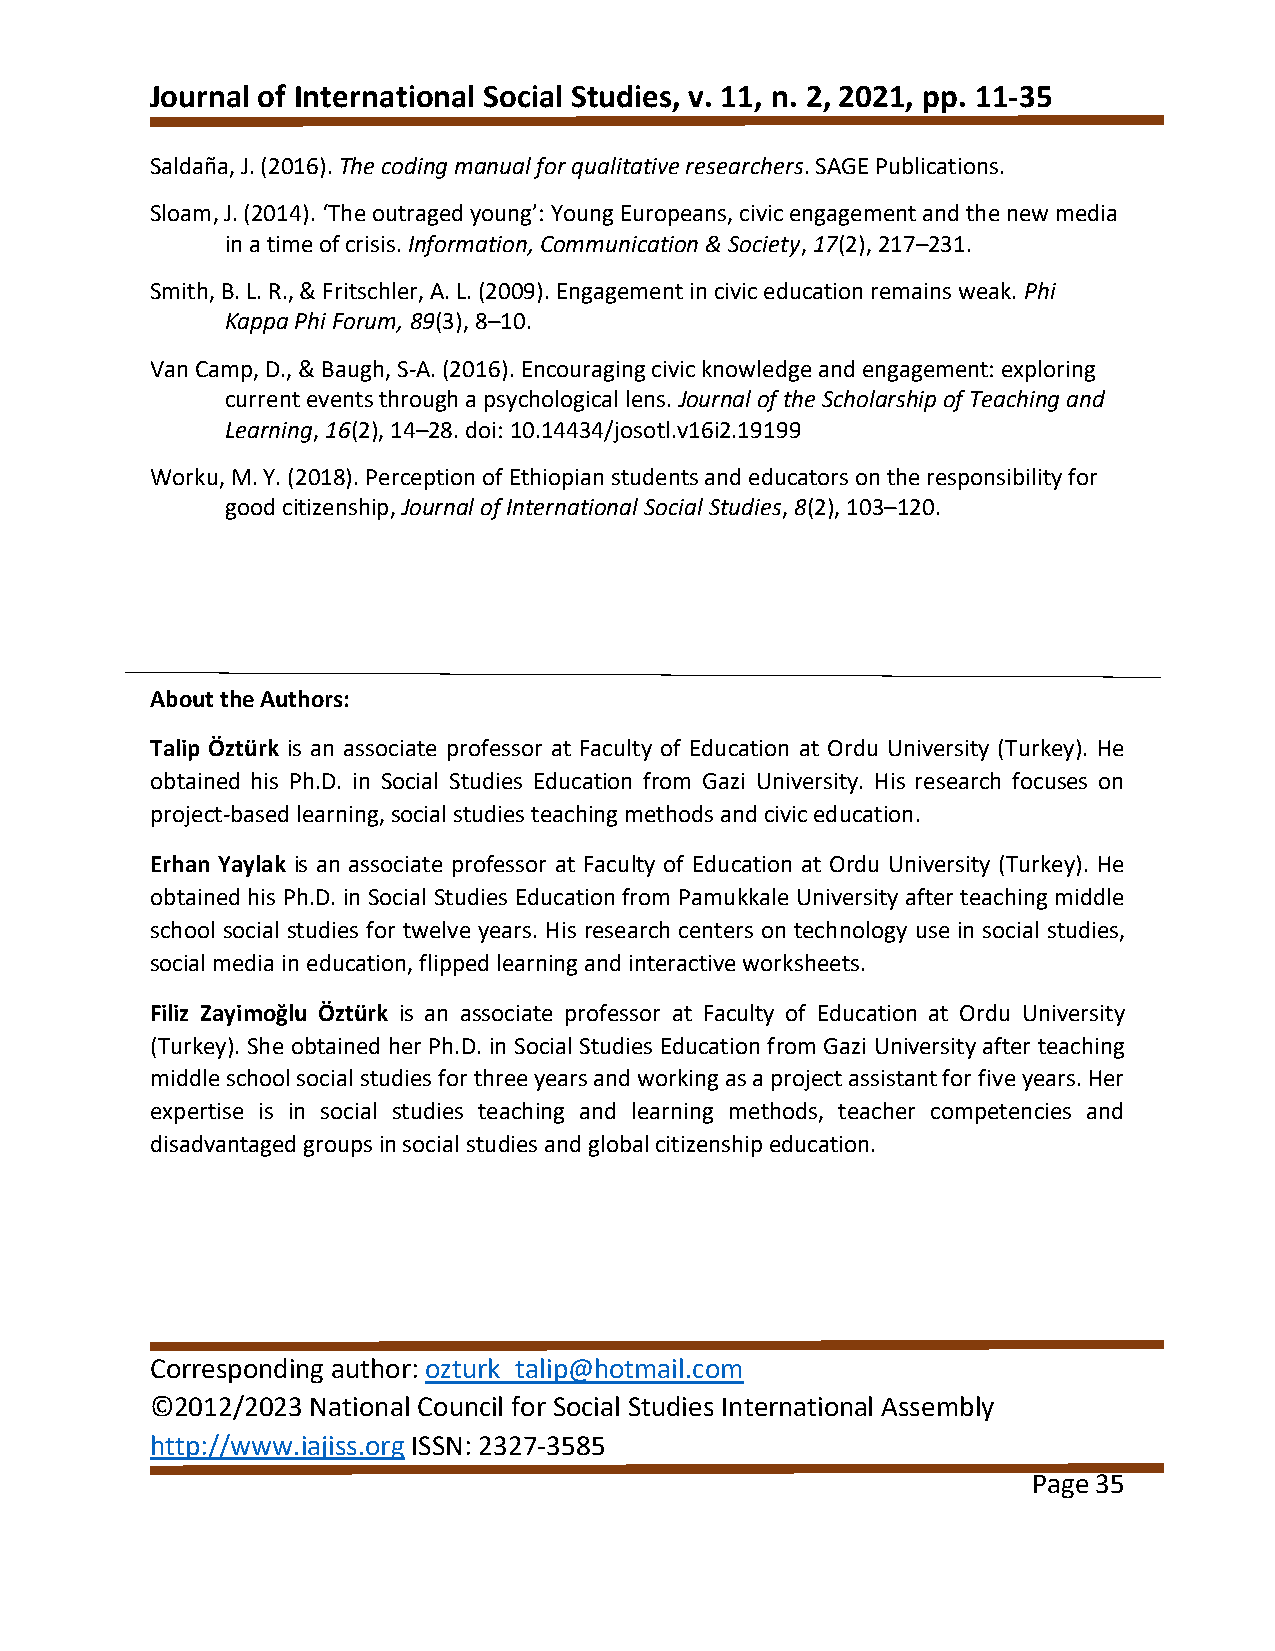
Journal of International Social Studies, v. 11, n. 2, 2021, pp. 11-35
 Saldaña, J. (2016). The coding manual for qualitative researchers. SAGE Publications.
 Sloam, J. (2014). ‘The outraged young’: Young Europeans, civic engagement and the new media
 in a time of crisis. Information, Communication & Society, 17(2), 217–231.
 Smith, B. L. R., & Fritschler, A. L. (2009). Engagement in civic education remains weak. Phi
 Kappa Phi Forum, 89(3), 8–10.
 Van Camp, D., & Baugh, S-A. (2016). Encouraging civic knowledge and engagement: exploring
 current events through a psychological lens. Journal of the Scholarship of Teaching and
 Learning, 16(2), 14–28. doi: 10.14434/josotl.v16i2.19199
 Worku, M. Y. (2018). Perception of Ethiopian students and educators on the responsibility for
 good citizenship, Journal of International Social Studies, 8(2), 103–120.
 About the Authors:
 Talip Öztürk is an associate professor at Faculty of Education at Ordu University (Turkey). He
 obtained his Ph.D. in Social Studies Education from Gazi University. His research focuses on
 project-based learning, social studies teaching methods and civic education.
 Erhan Yaylak is an associate professor at Faculty of Education at Ordu University (Turkey). He
 obtained his Ph.D. in Social Studies Education from Pamukkale University after teaching middle
 school social studies for twelve years. His research centers on technology use in social studies,
 social media in education, flipped learning and interactive worksheets.
 Filiz Zayimoğlu Öztürk is an associate professor at Faculty of Education at Ordu University
 (Turkey). She obtained her Ph.D. in Social Studies Education from Gazi University after teaching
 middle school social studies for three years and working as a project assistant for five years. Her
 expertise is in social studies teaching and learning methods, teacher competencies and
 disadvantaged groups in social studies and global citizenship education.
 Corresponding author: ozturk_talip@hotmail.com
 ©2012/2023 National Council for Social Studies International Assembly
 http://www.iajiss.org ISSN: 2327-3585
 Page 35